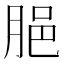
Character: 𦛞